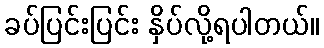
ခပ်ပြင်းပြင်း နှိပ်လို့ရပါတယ်။